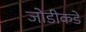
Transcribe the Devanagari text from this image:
जोडीकडे